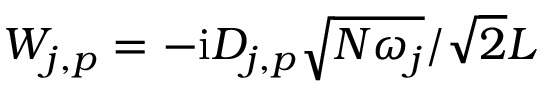
W _ { j , p } = - \mathrm { i } D _ { j , p } \sqrt { N \omega _ { j } } / \sqrt { 2 } L